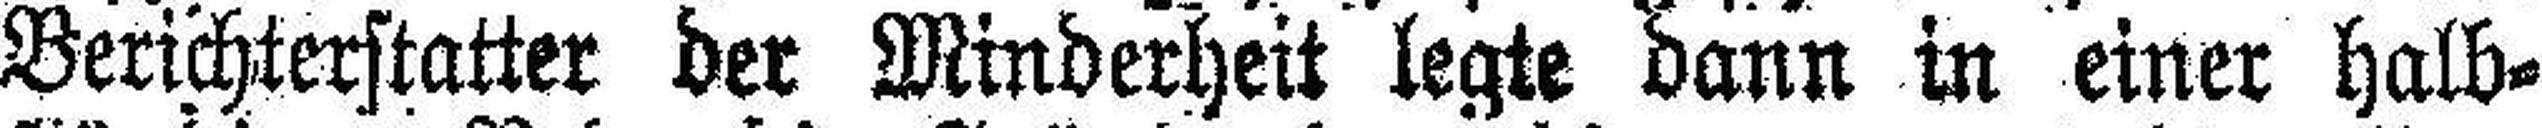
Berichterstatter der Minderheit legte dann in einer halb¬